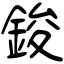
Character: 鋑